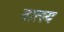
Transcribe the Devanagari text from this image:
मात्स्य